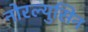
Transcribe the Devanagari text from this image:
नोरल्युसिन